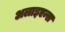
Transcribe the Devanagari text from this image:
अलाइएन्स